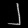
Digit: ၂